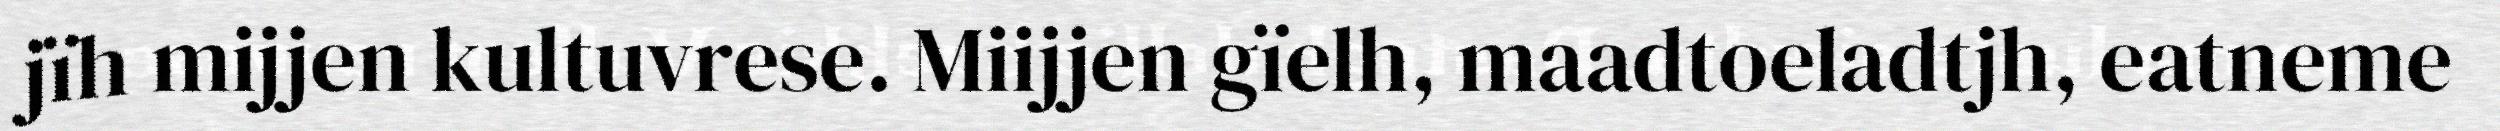
jïh mijjen kultuvrese. Miijjen gïelh, maadtoeladtjh, eatneme